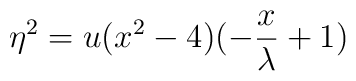
\eta^{2}=u(x^{2}-4)(-\frac{x}{\lambda} +1)